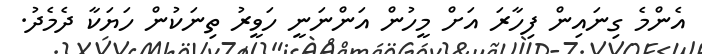
އެންމެ ގިނައިން ފިހާރަ އަށް މީހުން އަންނަނީ ހަވީރު ތިނަކުން ހަޔަކާ ދެމެދު.